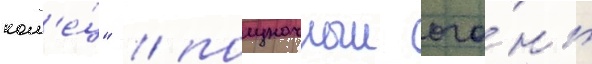
кол'е́ц" / полуночныи ого́нь